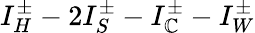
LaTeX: I_{H}^{\pm}-2I_{S}^{\pm}-I_{\mathbb{C}}^{\pm}-I_{W}^{\pm}